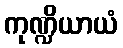
ကုဏ္ဍိယာယံ